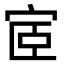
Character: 宧